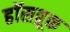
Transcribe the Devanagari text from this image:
हॉसब्रूक